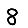
Digit: 8